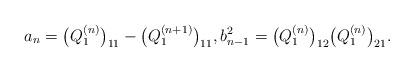
LaTeX: \begin{gather*}a_n = \big(Q_1^{(n)}\big)_{11} - \big(Q_1^{(n+1)}\big)_{11}, b_{n-1}^2 = \big(Q_1^{(n)}\big)_{12} \big(Q_1^{(n)}\big)_{21}.\end{gather*}